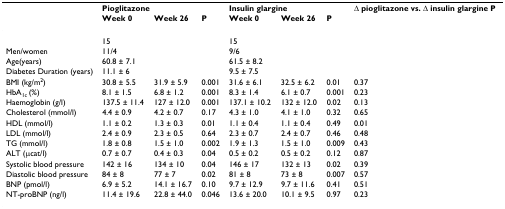
<table><thead><tr><td></td><td colspan="2"><b>Pioglitazone</b></td><td></td><td colspan="2"><b>Insulin glargine</b></td><td></td><td><b>Δ pioglitazone vs. Δ insulin glargineP</b></td></tr><tr><td></td><td><b>Week 0</b></td><td><b>Week 26</b></td><td><b>P</b></td><td><b>Week 0</b></td><td><b>Week 26</b></td><td><b>P</b></td><td></td></tr></thead><tbody><tr><td></td><td colspan="2">15</td><td></td><td colspan="2">15</td><td></td><td></td></tr><tr><td>Men/women</td><td colspan="2">11/4</td><td></td><td colspan="2">9/6</td><td></td><td></td></tr><tr><td>Age(years)</td><td colspan="2">60.8 ± 7.1</td><td></td><td colspan="2">61.5 ± 8.2</td><td></td><td></td></tr><tr><td>Diabetes Duration (years)</td><td colspan="2">11.1 ± 6</td><td></td><td colspan="2">9.5 ± 7.5</td><td></td><td></td></tr><tr><td>BMI (kg/m<sup>2</sup>)</td><td>30.8 ± 5.5</td><td>31.9 ± 5.9</td><td>0.001</td><td>31.6 ± 6.1</td><td>32.5 ± 6.2</td><td>0.01</td><td>0.37</td></tr><tr><td>HbA<sub>1c </sub>(%)</td><td>8.1 ± 1.5</td><td>6.8 ± 1.2</td><td>0.001</td><td>8.3 ± 1.4</td><td>6.1 ± 0.7</td><td>0.001</td><td>0.23</td></tr><tr><td>Haemoglobin (g/l)</td><td>137.5 ± 11.4</td><td>127 ± 12.0</td><td>0.001</td><td>137.1 ± 10.2</td><td>132 ± 12.0</td><td>0.02</td><td>0.13</td></tr><tr><td>Cholesterol (mmol/l)</td><td>4.4 ± 0.9</td><td>4.2 ± 0.7</td><td>0.17</td><td>4.3 ± 1.0</td><td>4.1 ± 1.0</td><td>0.32</td><td>0.65</td></tr><tr><td>HDL (mmol/l)</td><td>1.1 ± 0.2</td><td>1.3 ± 0.3</td><td>0.01</td><td>1.1 ± 0.4</td><td>1.1 ± 0.4</td><td>0.49</td><td>0.01</td></tr><tr><td>LDL (mmol/l)</td><td>2.4 ± 0.9</td><td>2.3 ± 0.5</td><td>0.64</td><td>2.3 ± 0.7</td><td>2.4 ± 0.7</td><td>0.46</td><td>0.48</td></tr><tr><td>TG (mmol/l)</td><td>1.8 ± 0.8</td><td>1.5 ± 1.0</td><td>0.002</td><td>1.9 ± 1.3</td><td>1.5 ± 1.0</td><td>0.009</td><td>0.43</td></tr><tr><td>ALT (μcat/l)</td><td>0.7 ± 0.7</td><td>0.4 ± 0.3</td><td>0.04</td><td>0.5 ± 0.2</td><td>0.5 ± 0.2</td><td>0.12</td><td>0.87</td></tr><tr><td>Systolic blood pressure</td><td>142 ± 16</td><td>134 ± 10</td><td>0.04</td><td>146 ± 17</td><td>132 ± 13</td><td>0.02</td><td>0.39</td></tr><tr><td>Diastolic blood pressure</td><td>84 ± 8</td><td>77 ± 7</td><td>0.02</td><td>81 ± 8</td><td>73 ± 8</td><td>0.007</td><td>0.57</td></tr><tr><td>BNP (pmol/l)</td><td>6.9 ± 5.2</td><td>14.1 ± 16.7</td><td>0.10</td><td>9.7 ± 12.9</td><td>9.7 ± 11.6</td><td>0.41</td><td>0.51</td></tr><tr><td>NT-proBNP (ng/l)</td><td>11.4 ± 19.6</td><td>22.8 ± 44.0</td><td>0.046</td><td>13.6 ± 20.0</td><td>10.1 ± 9.5</td><td>0.97</td><td>0.23</td></tr></tbody></table>